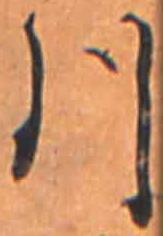
川